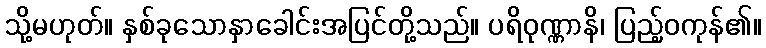
သို့မဟုတ်။ နှစ်ခုသောနှာခေါင်းအပြင်တို့သည်။ ပရိဝုဏ္ဏာနိ၊ ပြည့်ဝကုန်၏။